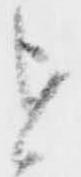
を